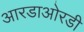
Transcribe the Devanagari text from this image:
आरडाओरडी